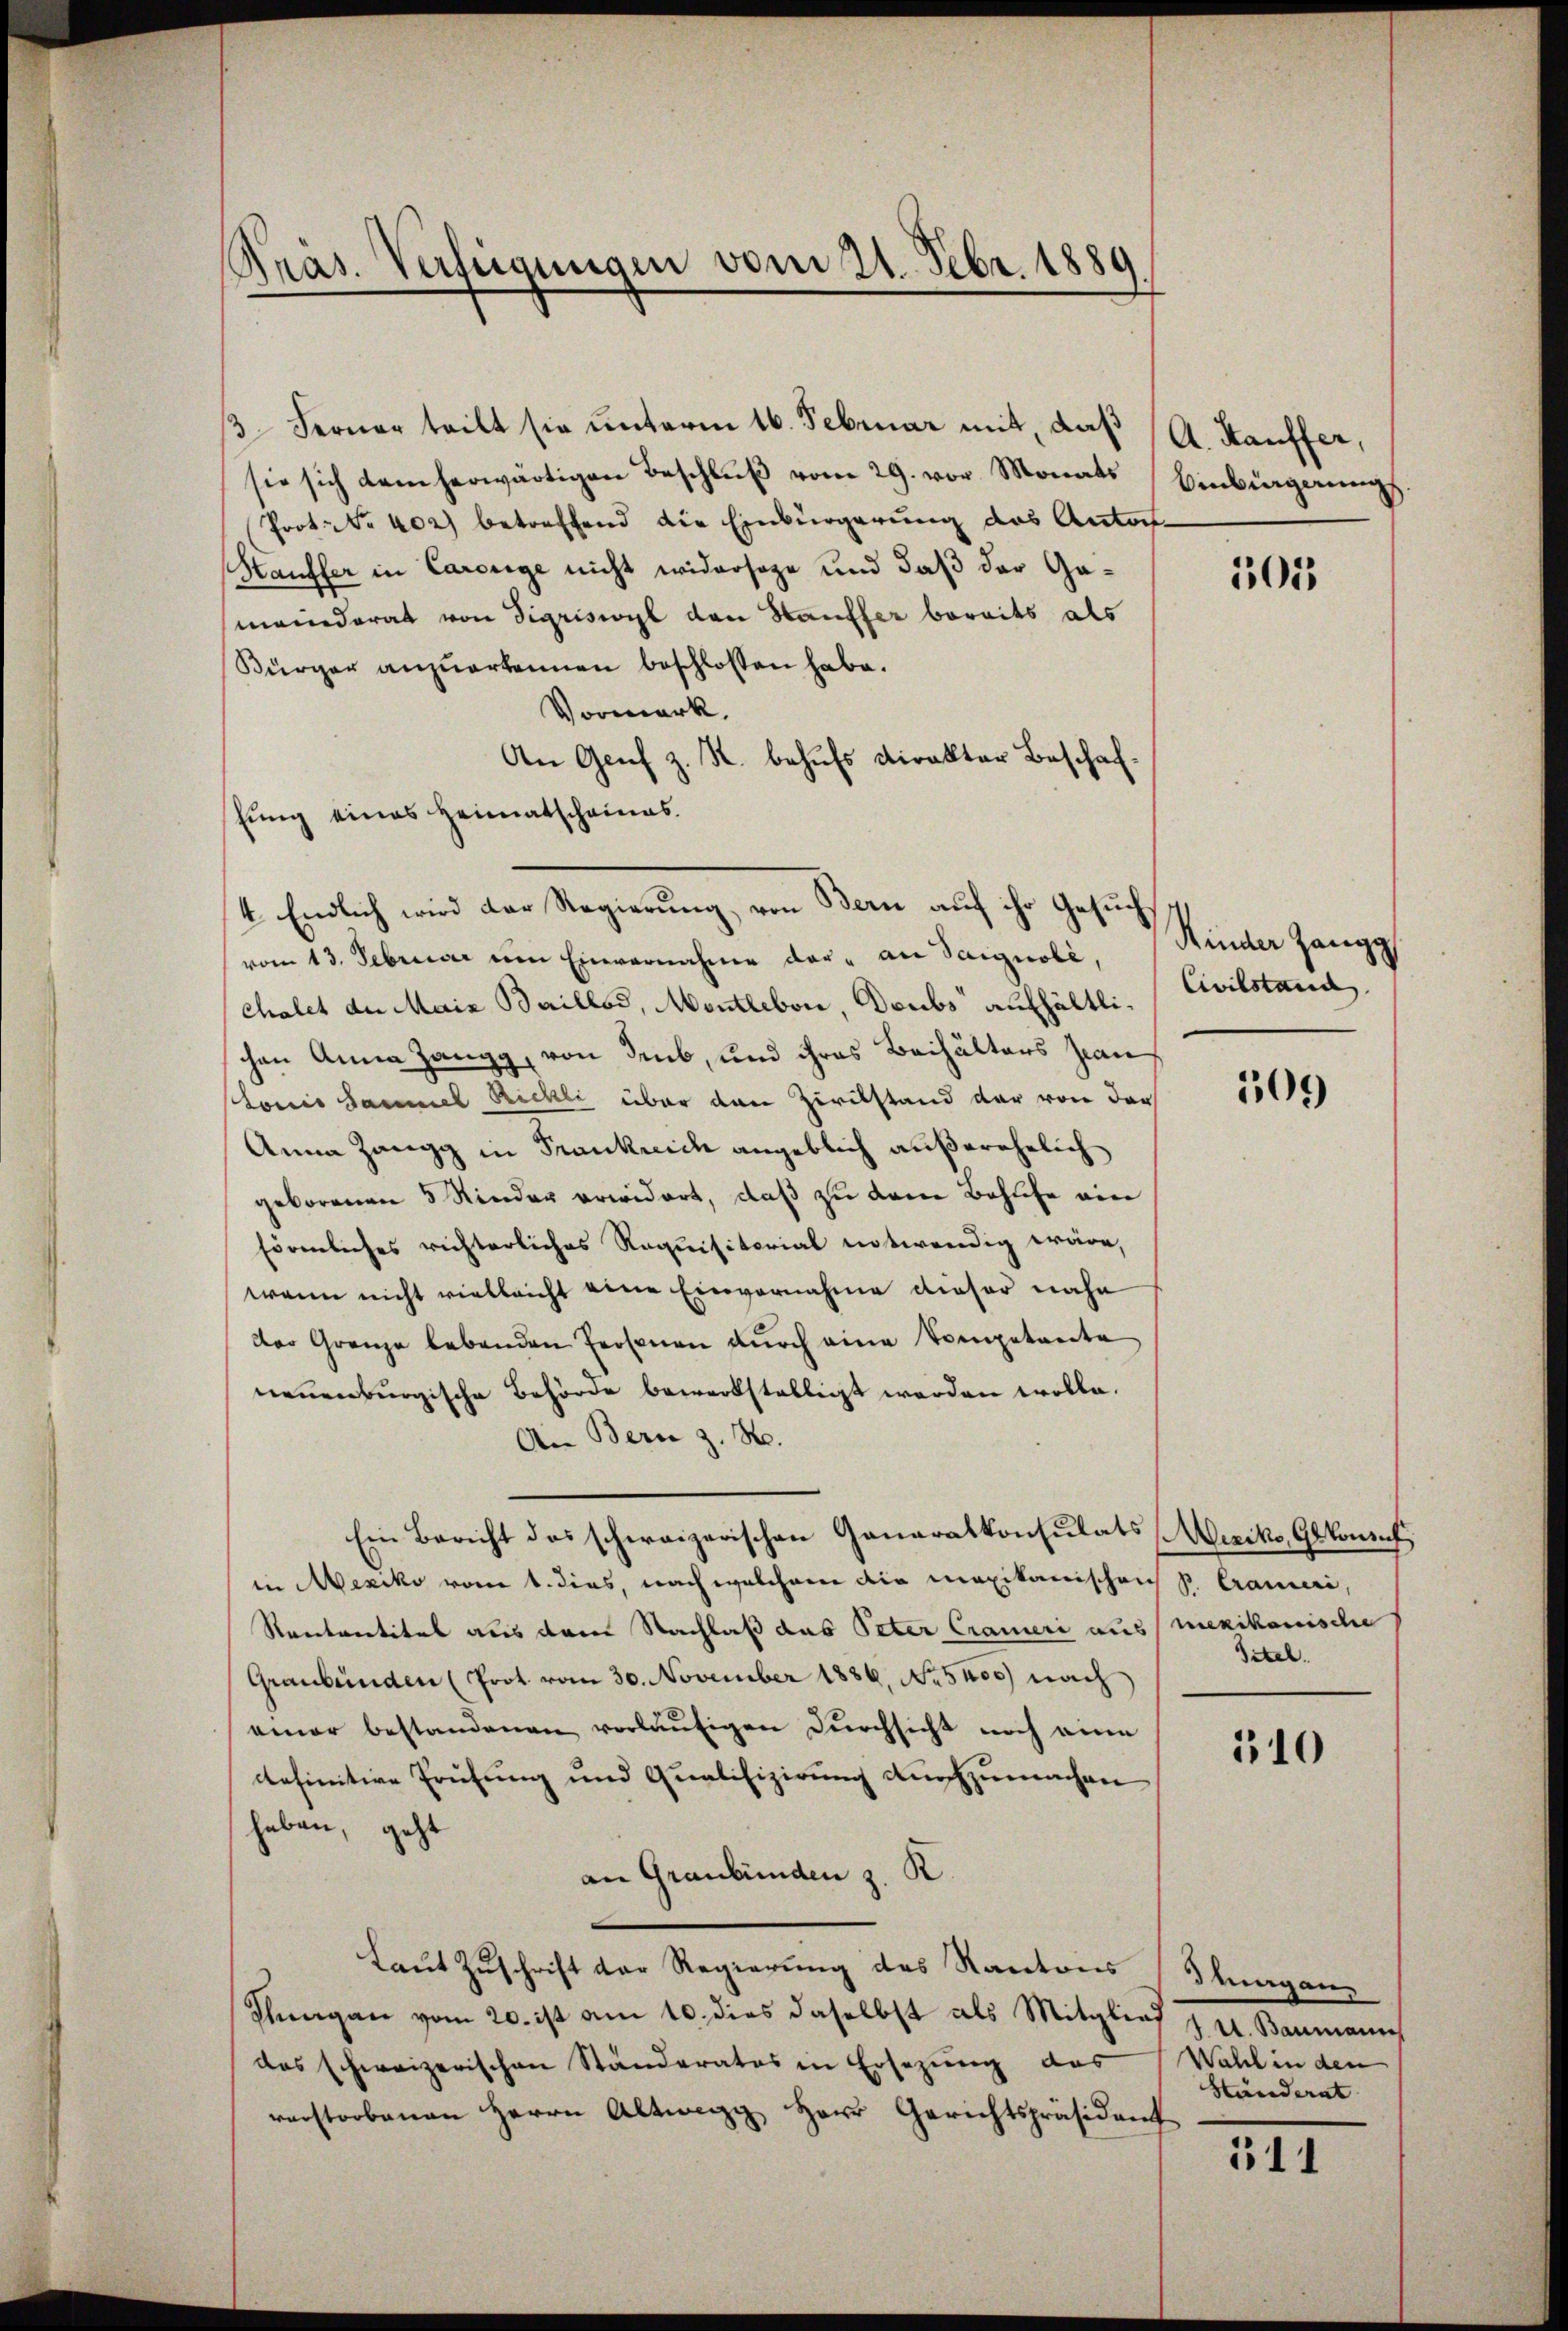
Präs. Verfügungen vom 21. Febr. 1889

Ferner teilt sie unterm 16. Februar mit, daß
sie sich dem herwärtigen Beschlŭβ vom 29. vor. Monats
Prot. Nr. 402) betreffend die Einbürgerung das Antons-
Hauffer in Carorige nicht widersage und daß der Gameinderat von Sigriswyl den Hauffer bereits als
Sürger anzuerkennen beschlossen habe.
Vormerk.
An Genf z. R. behufs kiralter Beschaf¬
Eung eines Heimatscheines
4. Endlich wird der Regierung, von Bern auf ihr Gesuchvom 13. Februar ein Einvernahme der an Saignoli,
Chalet der Maiz Baillod, Monthebon, Deubs aufhältlichen Anna Zangg, von dens, und ihres Beihälters Jean
tonis Sammel Richti über den Zivilstand der von der
Anna Zangg in Frankreich angeblich außerehelich
geborenen 5 Kinder erwidert, daß zu dem Behufe ein
förmliches richterliches Requisitorial notwendig wäre,
wenn nicht vielleicht eine Einvernahme dieser nahe
der Grenze lebenden Personen durch eine Competreite
neuenburgische Behörde bewerkstelligt werden wolle.
An Bern z. B.
Ein Bericht das schweizerischen Ganaratkonsulats Wercks, Gekonf
in Mexiko vom 1. dies, nach welchem die mexikanischen P. Crameri,
Rantreetites aus dem Nachlaß das Peter Crameri aus mexikanische
Graubünden (Prot. vom 30. November 1886. No 5405) nach
einer bestandenen vorläufigen Durchsicht noch eine
definitive Prüfung und Qualifizierung durchzumachen
haben, geht
an Graubünden z. R
Laut Zuschrift der Regierung des Kantons
Thurgau vom 20. ist am 10. dies daselbst als Mitglied Baumann
das schweizerischen Ständerates in Ersezung das
verstorbenen Herrn Altwegg, Herr Gerichtspräsident

A. Kauffer,
Vinbingerung

105

Kinder Zangg
Civilstand

109

Titel.

510

ragan
Wahl in den
Ständerat

511